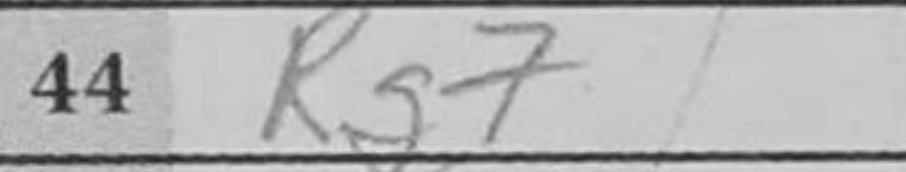
Transcription: Rg7